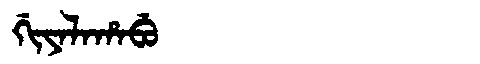
Manchu: ᡤᡳᠶᠠᠯᠠᡥᠠᠪᡠ
Romanization: GIYALAHABU